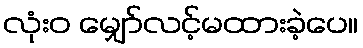
လုံးဝ မျှော်လင့်မထားခဲ့ပေ။